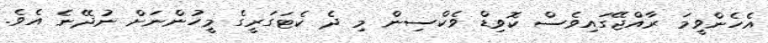
އެހެންވީމަ ރާއްޖޭގައިވެސް ކޮވިޑް ވެކްސިން މި ދެ ކެޓަގަރީގެ މީހުންނަށް ނުދޭނެ އެވެ.